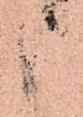
御